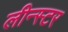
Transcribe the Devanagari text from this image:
लीन्स्टर